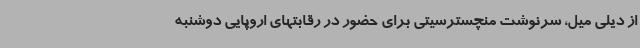
از دیلی میل، سرنوشت منچسترسیتی برای حضور در رقابتهای اروپایی دوشنبه